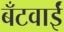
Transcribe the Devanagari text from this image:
बँटवाईं